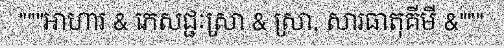
"""អាហារ & ភេសជ្ជៈស្រា & ស្រា, សារធាតុគីមី &"""